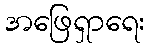
အဖြေရှာရေး